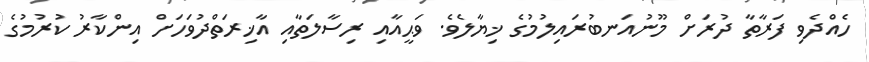
ހެއްދެވި ފަރާތާ ދުރަށް މޫނުއަނބުރައިލުމުގެ ޚިޔާލެވެ. ވަޙީއާއި ރިސާލަތާއި އާޚިރަތްދުވަހަށް އިންކާރު ކުރުމުގެ